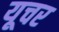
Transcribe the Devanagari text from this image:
यूचर